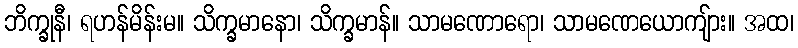
ဘိက္ခုနီ၊ ရဟန်မိန်းမ။ သိက္ခမာနော၊ သိက္ခမာန်။ သာမဏောရော၊ သာမဏေယောကျ်ား။ အထ၊